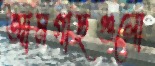
আমগাছগুলো